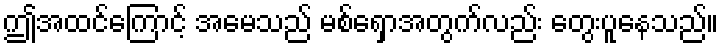
ဤအထင်ကြောင့် အမေသည် မစ်ရှောအတွက်လည်း တွေးပူနေသည်။